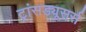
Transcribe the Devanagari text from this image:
ट्रांसड्यूसर्स